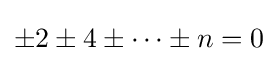
\pm 2\pm 4\pm \cdots \pm n=0